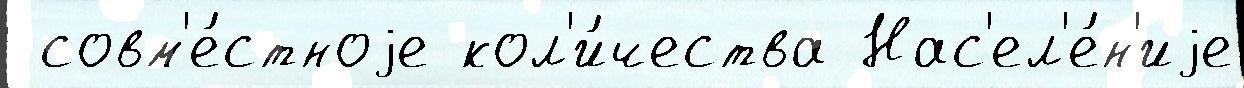
 совм'е́стноjе кол'и́чества Нас'ел'е́н'иjе